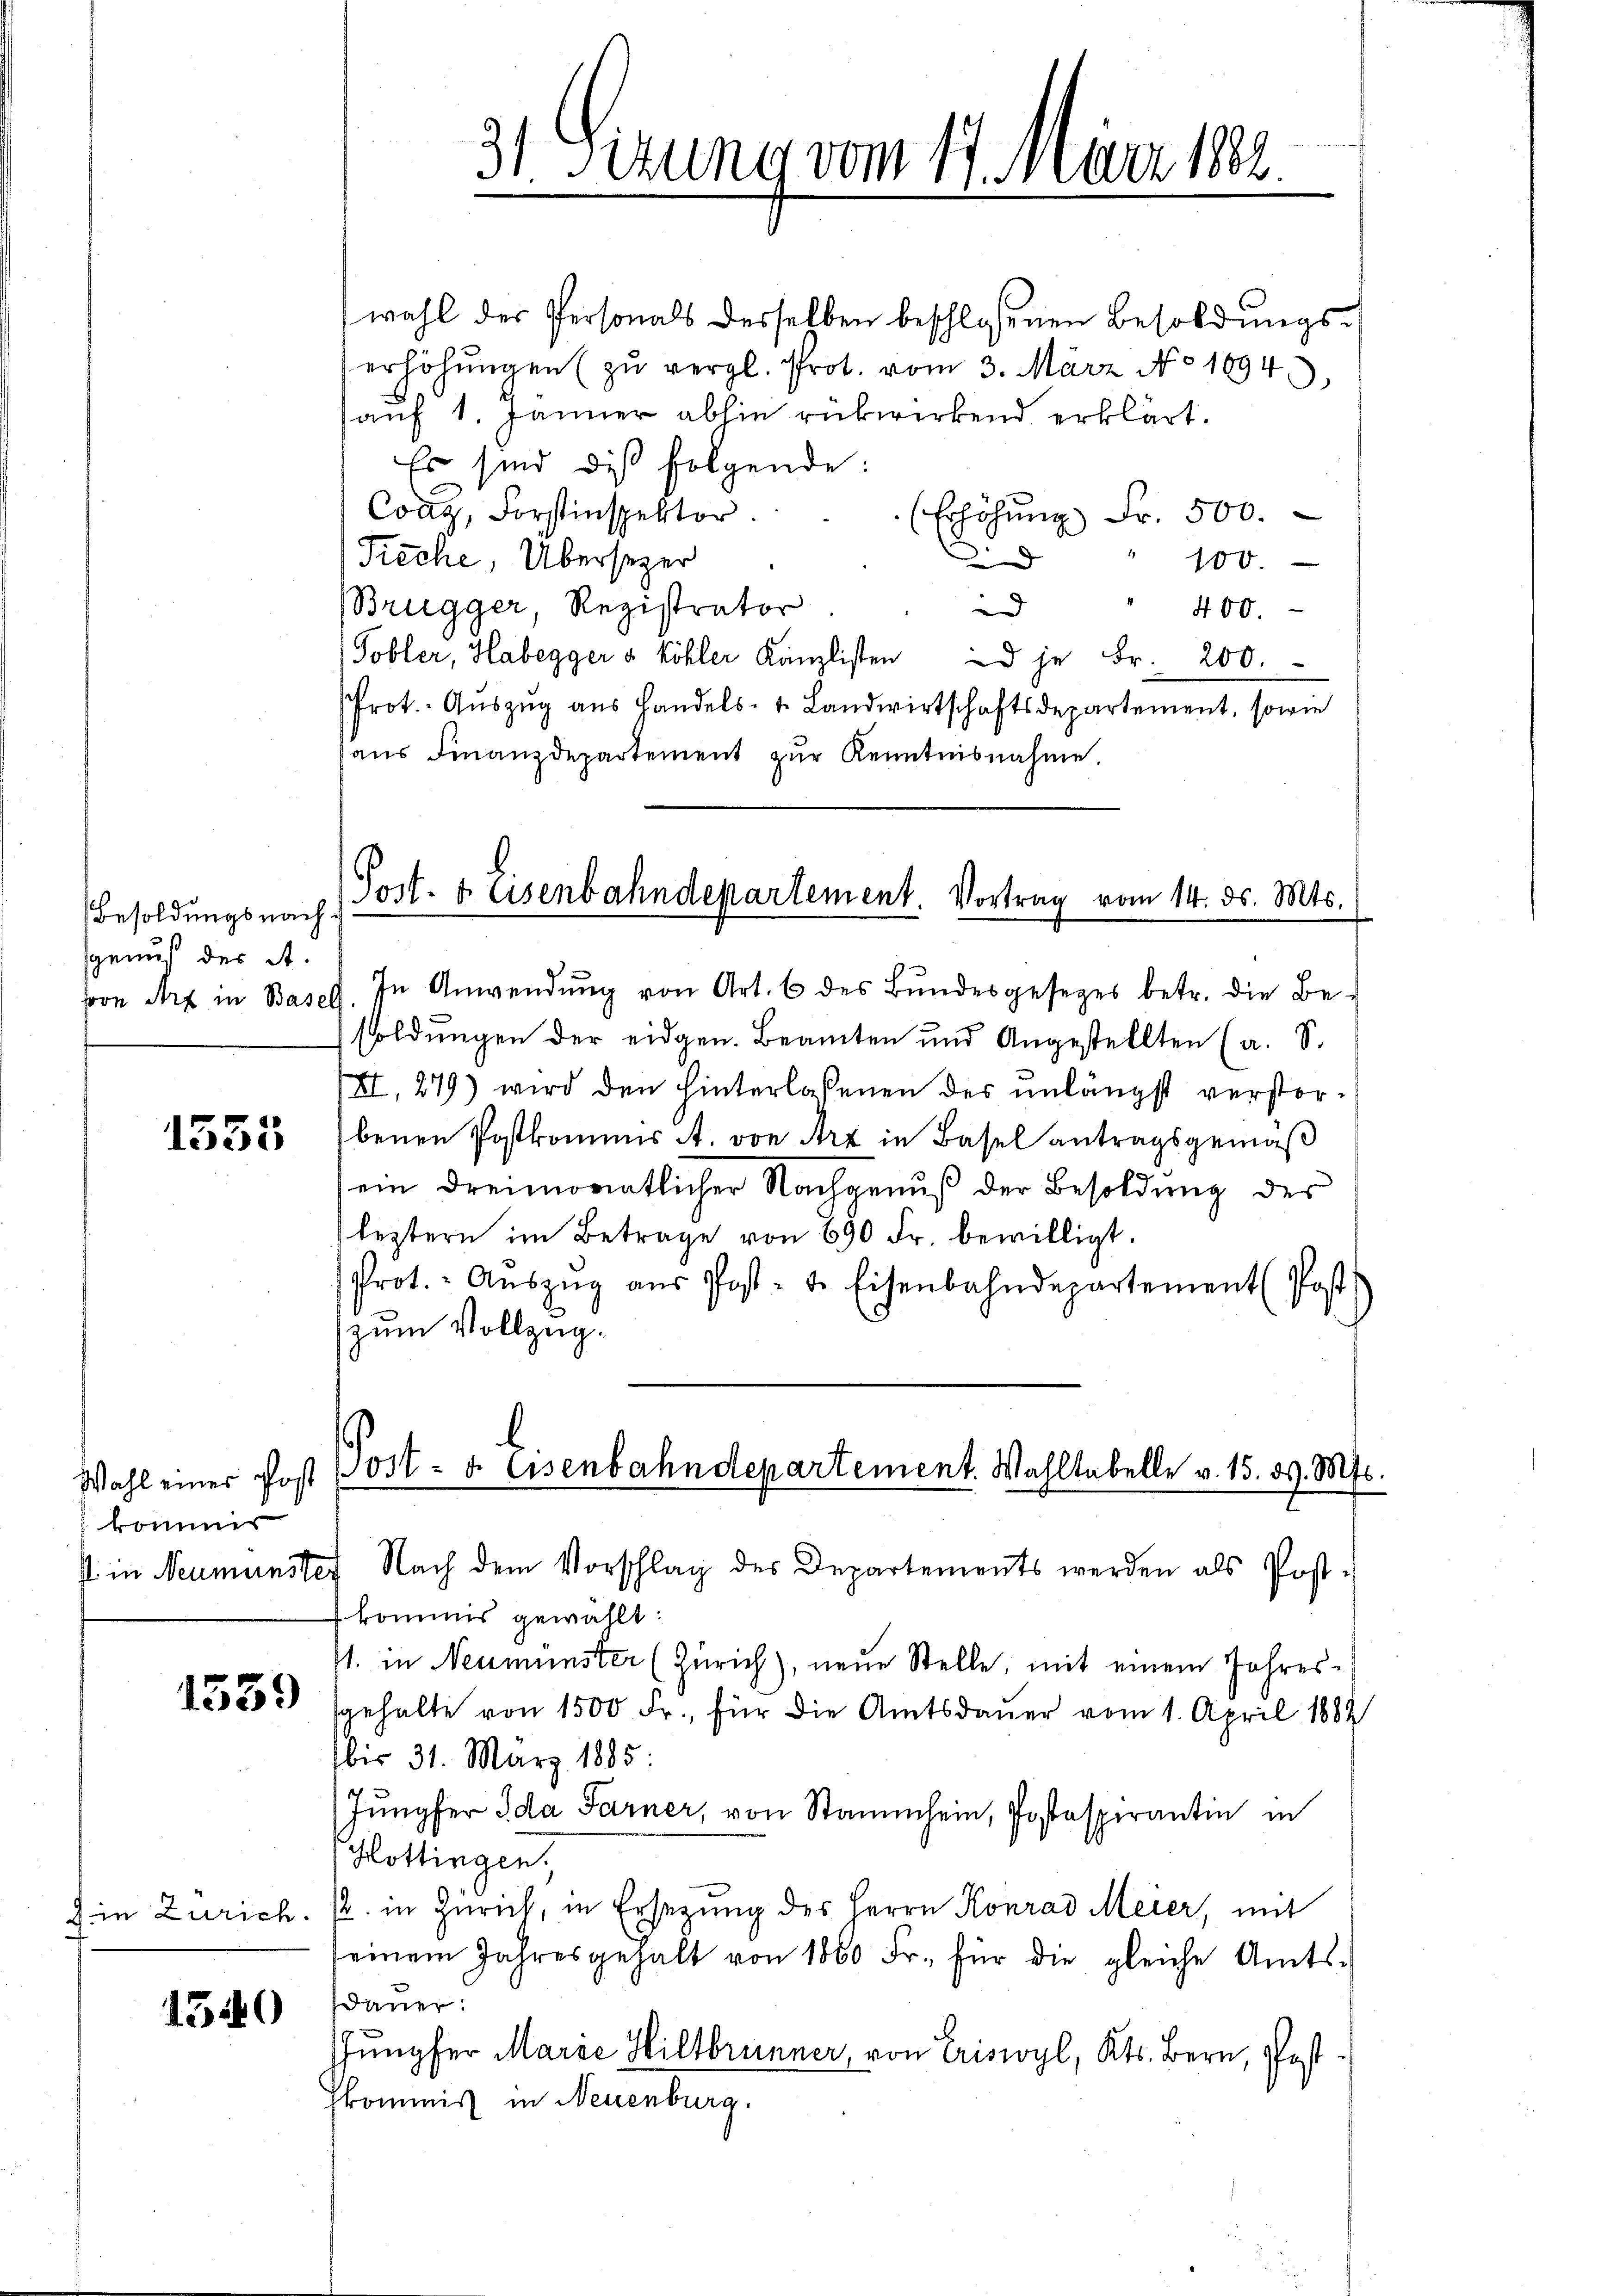
Besoldungsnach
sgraus der A.

1555

kommer

1539

die Zürich.

1540

wahl der Personals desselben beschlossenen Besoldungserhöhŭngen (zu vergl. Prot. vom 3. März No 1694
auf 1. Jänner abhin rükwirkend erklärt.
Es sind dies folgende:
Cong. Forstinspektor
(Erhöhung Fr. 500.
9
Tieche, Übersezer
" 100.
Brugger, Registrator
d
400.
(Tobler, Habegger a Köhler Kanzlisten je Fr. 200.
Prot. Aŭszŭg ans Handels- u. Landwirtschaftsdepartement, sowie
aŭs Finanzdepartement zŭr Kenntnisnahme.

31 Sizung vom 17. März 182.

Port. 4. Eisenbahndepartement. Vortrag vom 14. ds. Mts.

Wahl einer Post Post- u. Eisenbahndepartement. Wahltabelle v. 15. 39. Mts.

sl in Neumünster Nach dem Vorschlag des Departements werden als Post-
kommis gewählt:
41. in Neumünster (Zürich), neue Stelle, mit einem Jahressgehalte von 1500 Fr., für die Amtsdauer vom 1. April 1882
bis 31. März 1885.
Jungfer Ida Farner, von Stammheim, Postspirantin in
Hottingen.
2. in Zürich, in Ersetzung des Herrn Konrad Meier, mit
seinem Jahresgehalt von 1860 Fr. für die gleiche Amts-
dauer.
Jungfer Marie Hiltbrunner, von Eriswyl, Kts. Bern, Posthkommiss in Neuenburg.

soon Art in Basel. In Anwendŭng von Art. 6 des Bŭndesgesezes betr. die Be-
soldungen der eidgen. Beamten und Angestellten (a. S.
XI, 279) wird den hinterlassenen des unlängst verstorbenen Postkommis A. von Art in Basel antragsgemäß
ein dreimonatlicher Nachgenuß der Besoldung des
leztern im Betrage von 690 Fr. bewilligt.
Prot. Aŭszŭg aŭs Post- u. Eisenbahndepartement (Post
zum Vollzug.